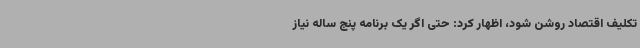
تکلیف اقتصاد روشن شود، اظهار کرد: حتی اگر یک برنامه پنج ساله نیاز